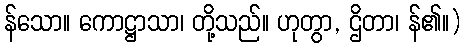
န်သော။ ကောဋ္ဌာသာ၊ တို့သည်။ ဟုတွာ, ဌိတာ၊ န်၏။)